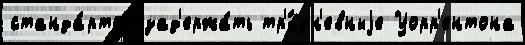
станда́ртов зад'ержа́ть тр'́хдн'евныjе Уорр'ентона